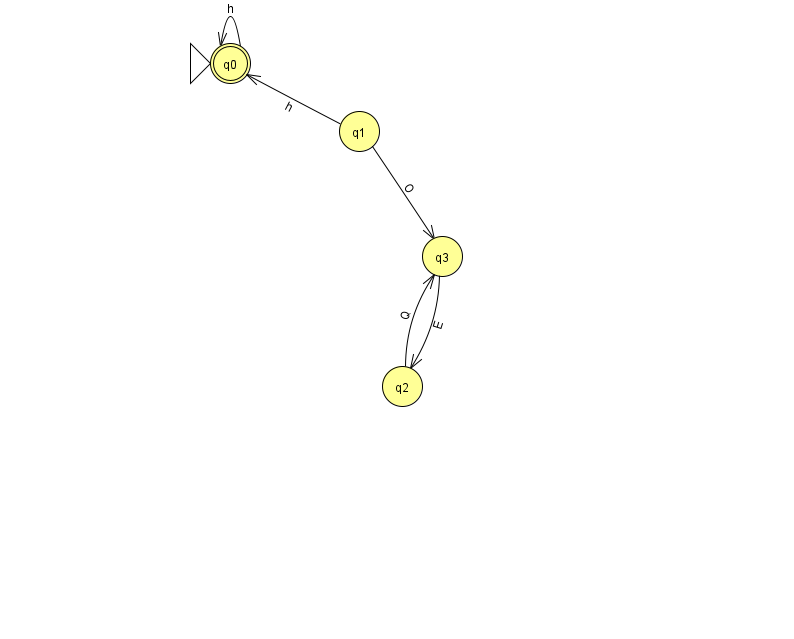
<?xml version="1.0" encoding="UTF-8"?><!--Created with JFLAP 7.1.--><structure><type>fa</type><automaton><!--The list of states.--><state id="0" name="q0"><x>230.0</x><y>50.0</y><initial/><final/></state><state id="1" name="q1"><x>359.0</x><y>118.0</y></state><state id="2" name="q2"><x>402.0</x><y>373.0</y></state><state id="3" name="q3"><x>442.0</x><y>243.0</y></state><!--The list of transitions.--><transition><from>1</from><to>3</to><read>O</read></transition><transition><from>1</from><to>0</to><read>h</read></transition><transition><from>0</from><to>0</to><read>h</read></transition><transition><from>2</from><to>3</to><read>Q</read></transition><transition><from>3</from><to>2</to><read>E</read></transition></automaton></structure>